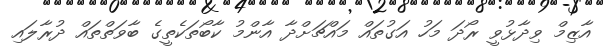
އާޒިމް ވިދާޅުވީ ރޯދަ މަހު އަގުތައް މައްޗަށްދާ އާންމު ކާބޯތަކެތީގެ ބާވަތްތައް ދުރާލައި